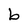
Character: b